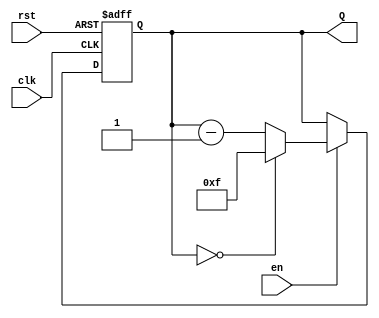
module binary_down_counter #(
    parameter n = 4 // Number of bits for the counter
)(
    input wire clk,         // Clock signal
    input wire rst,         // Asynchronous reset
    input wire en,          // Enable signal
    output reg [n-1:0] Q    // Counter output
);

    // Maximum value for the counter
    localparam MAX_VALUE = (1 << n) - 1; // 2^n - 1

    // Sequential logic for the counter
    always @(posedge clk or posedge rst) begin
        if (rst) begin
            // Asynchronous reset
            Q <= MAX_VALUE; // Reset to maximum value
        end else if (en) begin
            // Enable is high, decrement the counter
            if (Q == 0) begin
                Q <= MAX_VALUE; // Roll over to maximum value
            end else begin
                Q <= Q - 1; // Decrement counter
            end
        end
        // If enable is low, Q remains unchanged
    end

endmodule